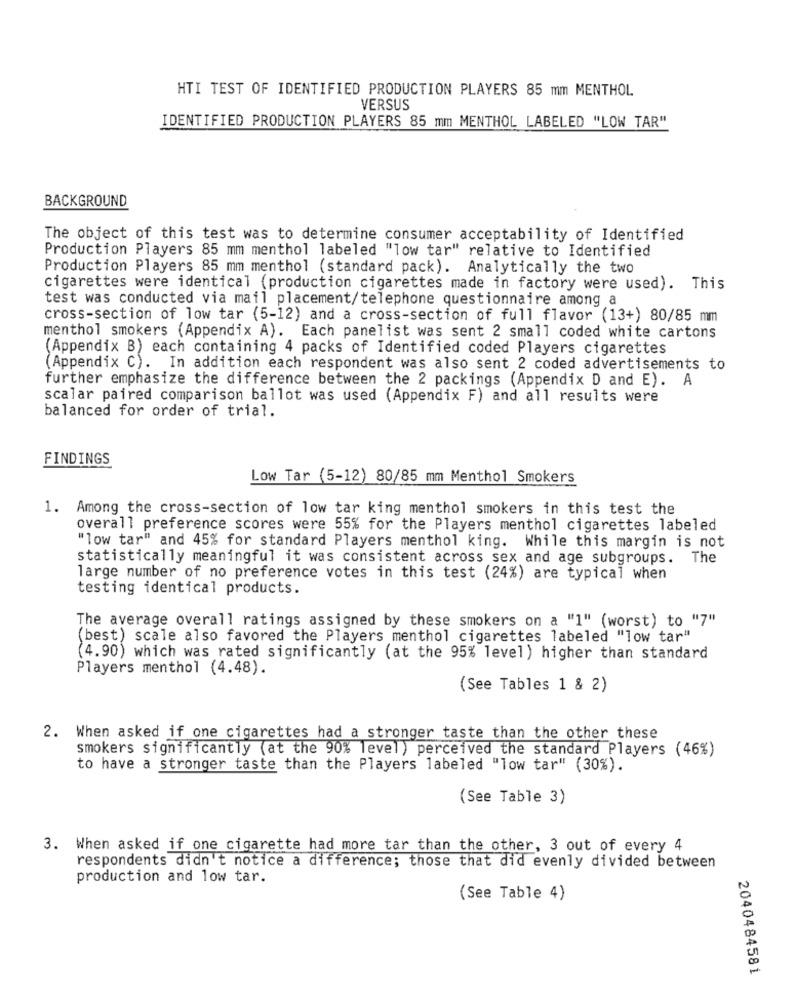
HTI TEST OF IDENTIFIED PRODUCTION PLAYERS 85 mm MENTHOL
VERSUS
IDENTIFIED PRODUCTION PLAYERS 85 mm MENTHOL LABELED "LOW TAR"
BACKGROUND
The object of this test was to determine consumer acceptability of Identified
Production Players 85 mm menthol labeled "low tar" relative to Identified
Production Players 85 mm menthol (standard pack). Analytically the two
cigarettes were identical (production cigarettes made in factory were used). This
test was conducted via mail placement/telephone questionnaire among a
cross-section of low tar (5-12) and a cross-section of full flavor (13+) 80/85 mm
menthol smokers (Appendix A). Each panelist was sent 2 small coded white cartons
(Appendix B) each containing 4 packs of Identified coded Players cigarettes
(Appendix C). In addition each respondent was also sent 2 coded advertisements to
further emphasize the difference between the 2 packings (Appendix D and E). A
scalar paired comparison ballot was used (Appendix F) and all results were
balanced for order of trial.
FINDINGS
Low Tar (5-12) 80/85 mm Menthol Smokers
1. Among the cross-section of low tar king menthol smokers in this test the
overall preference scores were 55% for the Players menthol cigarettes labeled
"low tar" and 45% for standard Players menthol king. While this margin is not
statistically meaningful it was consistent across sex and age subgroups. The
large number of no preference votes in this test (24%) are typical when
testing identical products.
The average overall ratings assigned by these smokers on a "1" (worst) to "7"
(best) scale also favored the Players menthol cigarettes labeled "low tar"
(4.90) which was rated significantly (at the 95% level ) higher than standard
Players menthol (4.48).
(See Tables 1 & 2)
2. When asked if one cigarettes had a stronger taste than the other these
smokers significantly (at the 90% level ) perceived the standard Players (46%)
to have a stronger taste than the Players labeled "low tar" (30%).
(See Table 3)
3. When asked if one cigarette had more tar than the other, 3 out of every 4
respondents didn't notice a difference; those that did evenly divided between
production and low tar.
(See Table 4)
2040484581